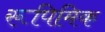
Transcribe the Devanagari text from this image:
रूपिमिक